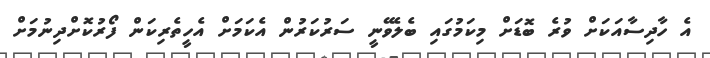
އެ ހާދިސާއަކަށް ވުރެ ބޮޑަށް މިކަމުގައި ބެލެވޭނީ ސަރުކަރުން އެކަމަށް އެހީތެރިކަން ފޯރުކޮށްދިނުމަށް